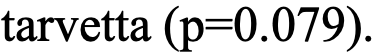
tarvetta (p=0.079).